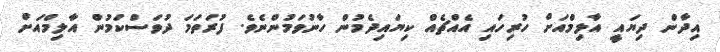
އިދާން ދިޔައީ އާލިމްއަށް ހުރިހައި އެއްޗެއް ކިޔައިދެމުން ހާނުވަމުންނެވެ. ފުރަތަމަ ދުވަސްކަމުން އާލިމްއަށް